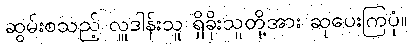
ဆွမ်းစသည့် လှူဒါန်းသူ ရှိခိုးသူတို့အား ဆုပေးကြပုံ။